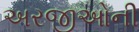
અરજીઓની